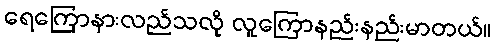
ရေကြောနားလည်သလို လူကြောနည်းနည်းမာတယ်။